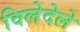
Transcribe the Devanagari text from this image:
विलेदेले